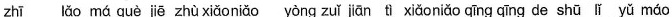
zhī lǎo má què jiē zhù xiǎo niǎo yòng zuǐ jiān tì xiǎo niǎo qīng qīng de shū lǐ yǔ máo